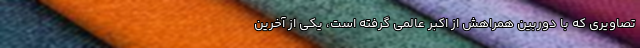
تصاویری که با دوربین همراهش از اکبر عالمی گرفته است، یکی از آخرین